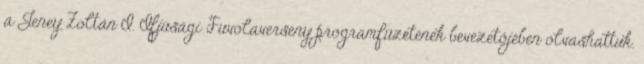
a Jeney Zoltán I. Ifjúsági Fuvolaverseny programfüzetének bevezetőjében olvashattuk.